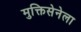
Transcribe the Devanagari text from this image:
मुक्तिसेनेला